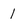
Character: 1